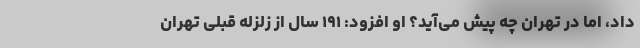
داد، اما در تهران چه پیش می‌آید؟ او افزود: ۱۹۱ سال از زلزله قبلی تهران